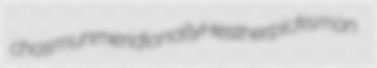
chasm unmeridionally Hesther picksman